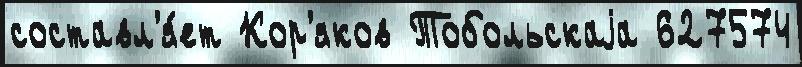
составл'я́ет Кор'яков Тобольскаjа 627574